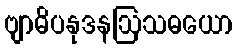
ဗျာဓိပနုဒနဩသဓယော